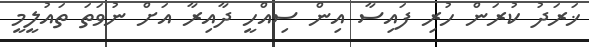
ޚަރަދު ކުރަން ހުރި ފައިސާ އިން ސިއްހީ ދާއިރާ އަށް ނުވަތަ ތައުލީމީ